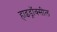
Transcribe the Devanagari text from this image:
हाइड्रॉक्सील